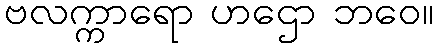
ဗလက္ကာရော ဟဌော ဘဝေ။